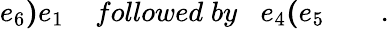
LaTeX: e_{6}\mathbf{)}e_{1}\; \; \; \; followed\; by\; \; \; e_{4}\mathbf{(}e_{5}\quad\quad.